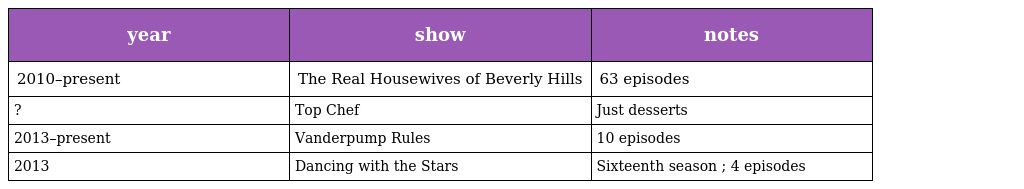
| year | show | notes |
 | --- | --- | --- |
 | 2010–present | The Real Housewives of Beverly Hills | 63 episodes |
 | ? | Top Chef | Just desserts |
 | 2013–present | Vanderpump Rules | 10 episodes |
 | 2013 | Dancing with the Stars | Sixteenth season ; 4 episodes |